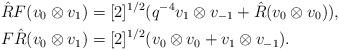
LaTeX: \begin{align*}\hat{R}F(v_{0}\otimes v_{1}) & =[2]^{1/2}(q^{-4}v_{1}\otimes v_{-1}+\hat{R}(v_{0}\otimes v_{0})),\\F\hat{R}(v_{0}\otimes v_{1}) & =[2]^{1/2}(v_{0}\otimes v_{0}+v_{1}\otimes v_{-1}).\end{align*}